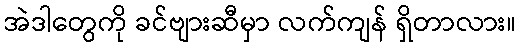
အဲဒါတွေကို ခင်ဗျားဆီမှာ လက်ကျန် ရှိတာလား။